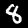
Digit: 8